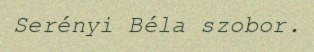
Serényi Béla szobor.